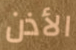
الأذن